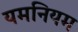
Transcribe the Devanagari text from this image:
यमनियम